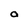
Character: O